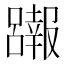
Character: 𱘖